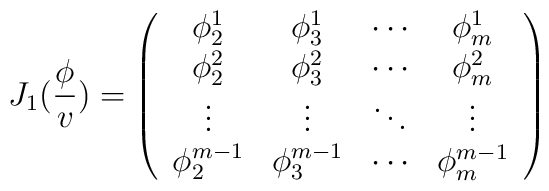
J_1(\frac \phi v)=\left( \begin{array}{cccc}\phi _2^1 & \phi _3^1 & \cdots & \phi _m^1 \\ \phi _2^2 & \phi _3^2 & \cdots & \phi _m^2 \\ \vdots & \vdots & \ddots & \vdots \\ \phi _2^{m-1} & \phi _3^{m-1} & \cdots & \phi _m^{m-1}\end{array}\right)